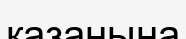
қазанына